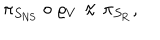
LaTeX: \pi _ { S _ { \mathrm { N S } } } \circ \varrho _ { V } \approx \pi _ { S _ { \mathrm { R } } } ,